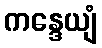
ကန္ဒေယျံ